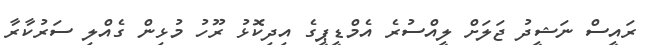
ރައީސް ނަޝީދު ޖަލަށް ލީއްސުރެ އެމްޑީޕީގެ އިދިކޮޅު ރޫހު މުޅިން ގެއްލި ސަރުކާރާ